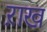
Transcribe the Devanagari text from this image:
ऱाख